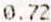
0.72